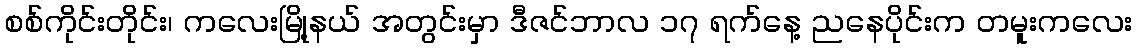
စစ်ကိုင်းတိုင်း၊ ကလေးမြို့နယ် အတွင်းမှာ ဒီဇင်ဘာလ ၁၇ ရက်နေ့ ညနေပိုင်းက တမူးကလေး